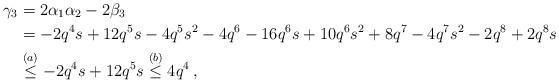
LaTeX: \begin{align*} \gamma_3 & = 2 \alpha_1 \alpha_2 - 2\beta_3 \\ & = -2q^4s+12q^5s-4q^5s^2-4q^6-16q^6s+10q^6s^2+8q^7-4q^7s^2-2q^8+ 2q^8s \\ & \overset{(a)}{\le} -2q^4s+12q^5s \overset{(b)}{\le} 4 q^4 \, , \end{align*}